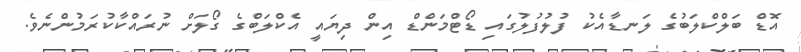
އޮޑް ބަލްކްލަބުގެ ލަނޑާއެކު ފުލުފުލުގައި ޑޯޓްމަންޑް އިން ދިޔައީ އެކްލަބްގެ ގޯލަށް ނުރައްކާކުރަމުންނެވެ.